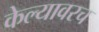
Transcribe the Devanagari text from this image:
केल्यावरच